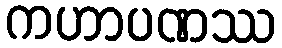
ကဟာပဏဿ